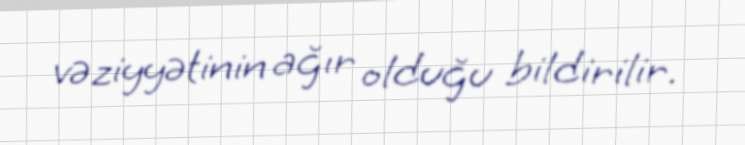
vəziyyətinin ağır olduğu bildirilir.